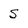
Character: S